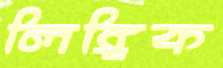
লিঙ্গিক